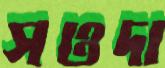
সওদা